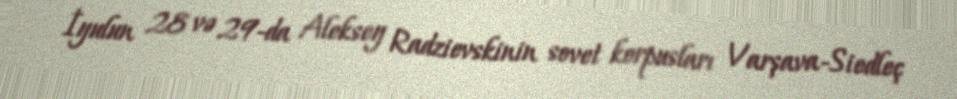
İyulun 28 və 29-da Aleksey Radzievskinin sovet korpusları Varşava-Siedleç